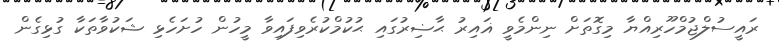
ރައީސުލްޖުމްހޫރިއްޔާ މިގޮތަށް ނިންމެވީ ޣައިރު ޙާޟިރުގައި ޙުކުމްކުރެވިފައިވާ މީހުން ހުށަހެޅި ޝަކުވާތަކާ ގުޅިގެން